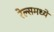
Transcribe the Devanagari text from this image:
रेल्समध्ये